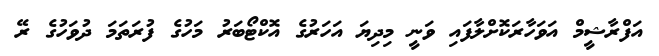
އަފްރާޝީމް އަވަހާރަކޮށްލާފައި ވަނީ މިދިޔަ އަހަރުގެ އޮކްޓޯބަރު މަހުގެ ފުރަތަމަ ދުވަހުގެ ރޭ